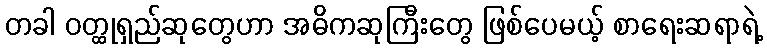
တခါ ဝတ္ထုရှည်ဆုတွေဟာ အဓိကဆုကြီးတွေ ဖြစ်ပေမယ့် စာရေးဆရာရဲ့